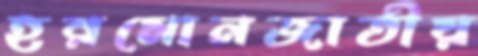
হরমোনজাতীয়